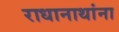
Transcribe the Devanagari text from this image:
राधानाथांना